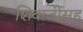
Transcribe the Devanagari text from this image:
शिवाजीसह